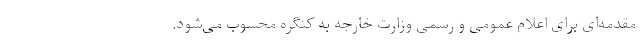
مقدمه‌ای برای اعلام عمومی و رسمی وزارت خارجه به کنگره محسوب می‌شود.